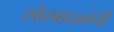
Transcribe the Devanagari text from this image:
सौरवादळांची